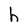
Character: h